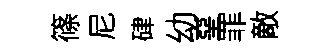
篠尼硉幼堊罪敵